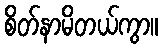
စိတ်နာမိတယ်ကွာ။